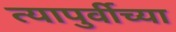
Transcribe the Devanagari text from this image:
त्यापुर्वीच्या